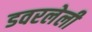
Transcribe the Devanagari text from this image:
डवरलेली